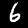
Label: 6